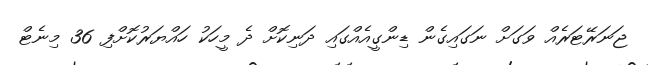
ޖަނަރޭޓަރެއް ވަގަށް ނަގައިގެން ޑިންގީއެއްގައި ދަނިކޮށް ދެ މީހަކު ހައްޔަރުކޮށްފި 36 މިނެޓް